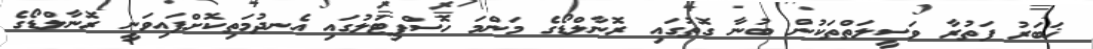
ޚަބަރު ފަތުރާ ވަސީލަތްތަކުން ބުނާ ގޮތުގައި ރޮނާލްޑޯގެ މަންމަ ހޮސްޕިޓަލުގައި އެނދުމަތިކޮށްފައިވަނީ ރޮނާލްޑޯގެ